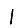
Digit: 1